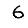
Digit: 6